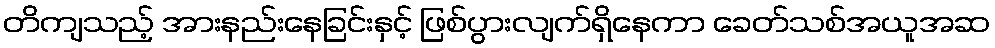
တိကျသည့် အားနည်းနေခြင်းနှင့် ဖြစ်ပွားလျက်ရှိနေကာ ခေတ်သစ်အယူအဆ